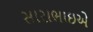
સારાભાઇએ